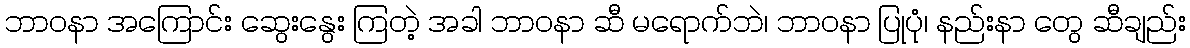
ဘာဝနာ အကြောင်း ဆွေးနွေး ကြတဲ့ အခါ ဘာဝနာ ဆီ မရောက်ဘဲ၊ ဘာဝနာ ပြုပုံ၊ နည်းနာ တွေ ဆီချည်း